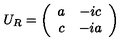
U _ { R } = \left( \begin{array} { c c } { a } & { - i c } \\ { c } & { - i a } \\ \end{array} \right)